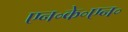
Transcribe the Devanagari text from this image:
एन॰के॰एन॰